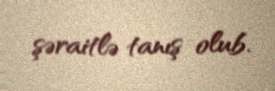
şəraitlə tanış olub.